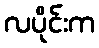
လပိုင်းက